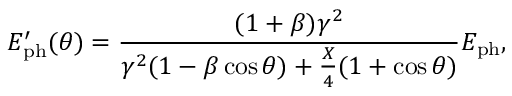
E _ { \mathrm { p h } } ^ { \prime } ( \theta ) = \frac { ( 1 + \beta ) \gamma ^ { 2 } } { \gamma ^ { 2 } ( 1 - \beta \cos \theta ) + \frac { X } { 4 } ( 1 + \cos \theta ) } E _ { \mathrm { p h } } ,